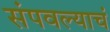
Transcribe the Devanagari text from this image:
संपवल्याचं